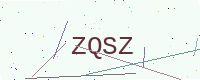
Text: ZQSZ